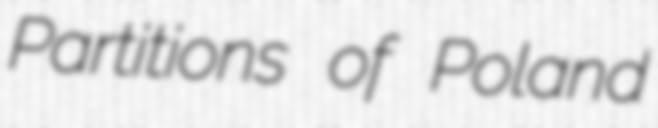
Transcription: Partitions of Poland